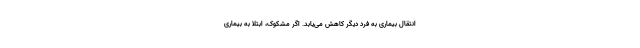
انتقال بیماری به فرد دیگر کاهش می‌یابد. اگر مشکوک، ابتلا به بیماری